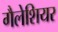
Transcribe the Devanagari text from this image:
गैलेशियर